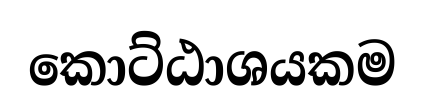
කොට්ඨාශයකම